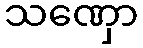
သဏှော